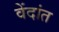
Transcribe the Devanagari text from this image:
वेंदांत